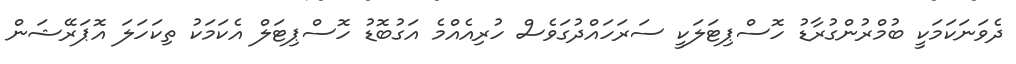
ދެވަނަކަމަކީ ބުމްރުންގުރާޑު ހޮސްޕިޓަލަކީ ސަރަހައްދުގަވެސް ހުރިއެއްމެ އަގުބޮޑު ހޮސްޕިޓަލް އެކަމަކު ތިކަހަލަ އޮޕަރޭޝަން